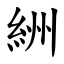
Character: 絒